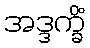
အဒ္ဒက္ခိံ